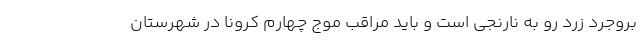
بروجرد زرد رو به نارنجی است و باید مراقب موج چهارم کرونا در شهرستان